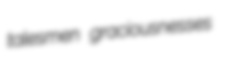
talesmen graciousnesses